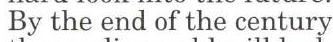
By the end of the century